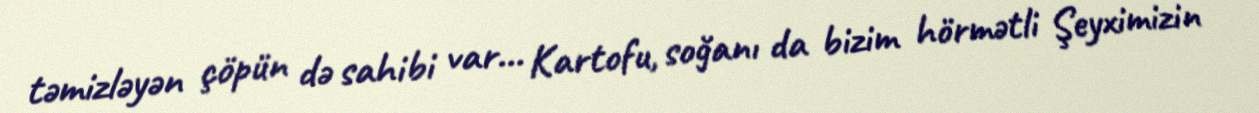
təmizləyən çöpün də sahibi var... Kartofu, soğanı da bizim hörmətli Şeyximizin